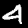
Label: 4